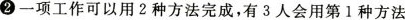
2 一项工作可以用2种方法完成，有3人会用第1种方法